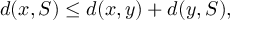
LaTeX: d ( x , S ) \leq d ( x , y ) + d ( y , S ) ,